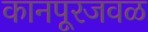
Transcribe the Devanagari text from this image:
कानपूरजवळ